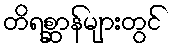
တိရစ္ဆာန်များတွင်